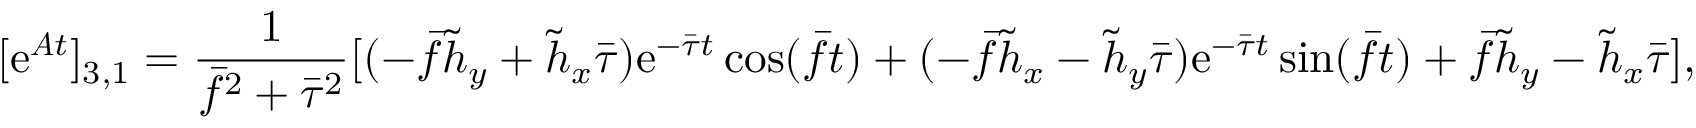
[ \mathrm { e } ^ { \boldsymbol { A } t } ] _ { 3 , 1 } = \frac { 1 } { \bar { f } ^ { 2 } + \bar { \tau } ^ { 2 } } [ ( - \bar { f } \tilde { h } _ { y } + \tilde { h } _ { x } \bar { \tau } ) \mathrm { e } ^ { - \bar { \tau } t } \cos ( \bar { f } t ) + ( - \bar { f } \tilde { h } _ { x } - \tilde { h } _ { y } \bar { \tau } ) \mathrm { e } ^ { - \bar { \tau } t } \sin ( \bar { f } t ) + \bar { f } \tilde { h } _ { y } - \tilde { h } _ { x } \bar { \tau } ] ,